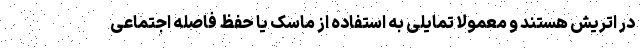
در اتریش هستند و معمولا تمایلی به استفاده از ماسک یا حفظ فاصله اجتماعی